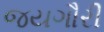
જયગૌરી